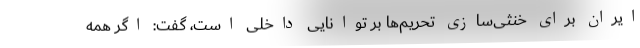
ایران برای خنثی‌سازی تحریم‌ها بر توانایی داخلی است، گفت: اگر همه